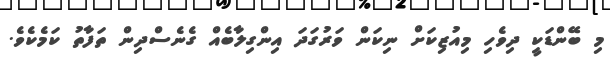
މި ބޭންޑަކީ ދިވެހި މިއުޒިކަށް ނިކަން ވަރުގަދަ އިންގިލާބެއް ގެނެސްދިން ތަފާތު ކަމެކެވެ.